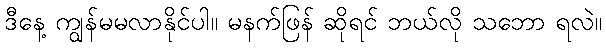
ဒီနေ့ ကျွန်မမလာနိုင်ပါ။ မနက်ဖြန် ဆိုရင် ဘယ်လို သဘော ရလဲ။